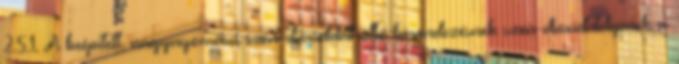
2.5.1. A beépített, nagynyomású szén-dioxiddal oltó berendezésnek szén-dioxid-telepnek a